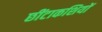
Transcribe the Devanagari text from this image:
छींटाकशियों